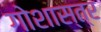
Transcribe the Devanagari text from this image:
गोशास्त्र